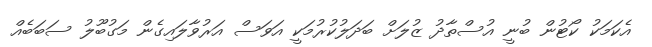
އެކަމަކު ކޯޓުން ބުނީ އުސްތާދު ޒުލަށް ބަދަލުކުރުމަކީ އަވަސް އަރުވާލައިގެން މަގުބޫލު ސަބަބެއް